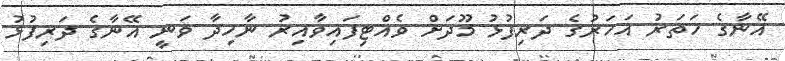
އޭނާގެ ހަތަރު އަހަރުގެ ދަރިފުޅު މޫދަށް ވެއްޓިފައިވާއިރު ނާހިދާ ވަނީ އޭނާގެ ދަރިފުޅު